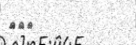
١٦٠